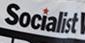
socialist